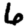
Digit: 6